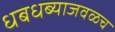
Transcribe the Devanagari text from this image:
धबधब्याजवळच